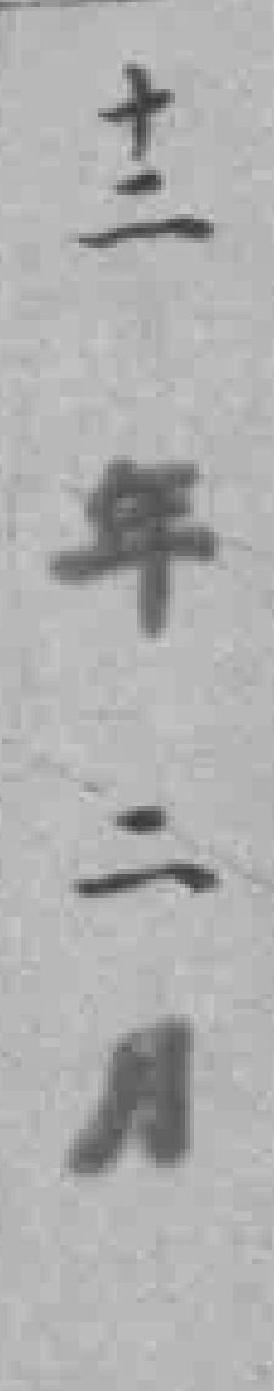
十二年二月